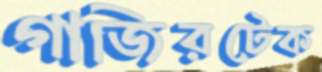
গাজিরটেক